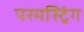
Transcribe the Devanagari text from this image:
परमस्ट्रिंग